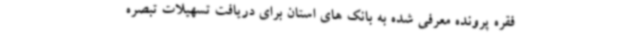
فقره پرونده معرفی شده به بانک های استان برای دریافت تسهیلات تبصره